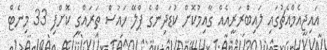
އައިޖީއެމްއެޗުގައި ލައިބްރަރީއެއް ގާއިމުކޮށް ކުޑަދިންގެ ޕްލޭ ހައުސް ތަރައްގީ ކޮށްފި 33 މިނެޓް